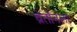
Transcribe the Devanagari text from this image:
ब्रेतॉनला